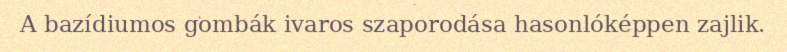
A bazídiumos gombák ivaros szaporodása hasonlóképpen zajlik.